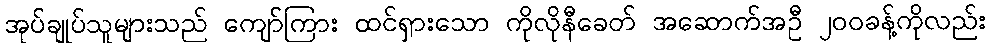
အုပ်ချုပ်သူများသည် ကျော်ကြား ထင်ရှားသော ကိုလိုနီခေတ် အဆောက်အဦ ၂၀၀ခန့်ကိုလည်း